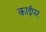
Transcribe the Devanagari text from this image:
काईपर